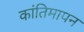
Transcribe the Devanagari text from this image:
कांतिमापन